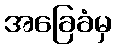
အခြေခံမှ